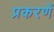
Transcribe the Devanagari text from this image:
प्रकरणें